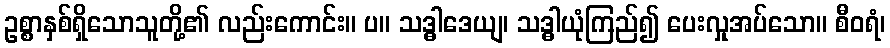
ဥစ္စာနှစ်ရှိသောသူတို့၏ လည်းကောင်း။ ပ။ သဒ္ဓါဒေယျ၊ သဒ္ဓါယုံကြည်၍ ပေးလှုအပ်သော။ စီဝရံ၊